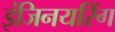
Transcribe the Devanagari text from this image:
इंजिनयरिंग